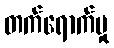
တက်ရောက်မှု